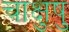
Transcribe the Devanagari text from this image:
चाक्षुषु